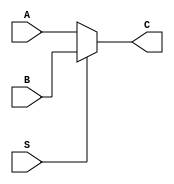


module MUX2x1(input A, input B,input S, output C);

assign C=(S)?B:A;

endmodule